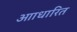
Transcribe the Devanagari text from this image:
आाधारित